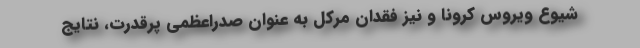
شیوع ویروس کرونا و نیز فقدان مرکل به عنوان صدراعظمی پرقدرت، نتایج